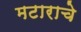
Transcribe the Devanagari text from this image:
मटाराचे